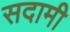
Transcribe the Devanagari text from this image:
सदामी